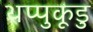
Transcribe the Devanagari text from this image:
थप्पुकूडु